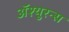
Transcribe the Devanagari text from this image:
अॅश्युरन्स